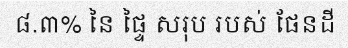
៨.៣% នៃ ផ្ទៃ សរុប របស់ ផែនដី